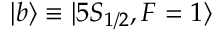
| b \rangle \equiv | 5 S _ { 1 / 2 } , F = 1 \rangle